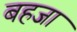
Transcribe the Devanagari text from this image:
बहजा